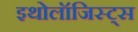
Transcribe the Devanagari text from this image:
इथोलॉजिस्ट्स